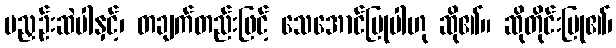
မညှဉ်းဆဲပါနှင့်၊ တချက်တည်းဖြင့် သေအောင်ပြုပါဟု ဆို၏။ ဆိုတိုင်းပြု၏၊